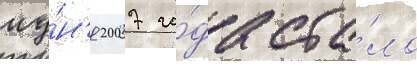
иу́н'я 2007 го́да ста́ло